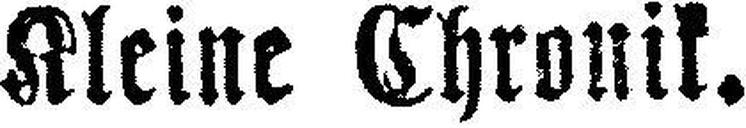
Kleine Chronik.